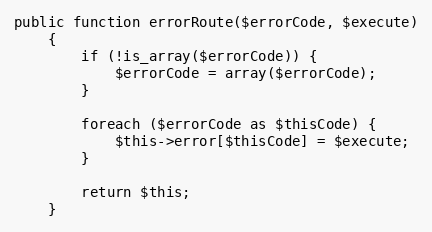
Language: PHP
public function errorRoute($errorCode, $execute)
    {
        if (!is_array($errorCode)) {
            $errorCode = array($errorCode);
        }

        foreach ($errorCode as $thisCode) {
            $this->error[$thisCode] = $execute;
        }

        return $this;
    }